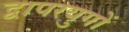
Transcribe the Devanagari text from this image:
द्वापरयुगों